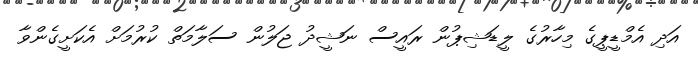
އަދި އެމްޑީޕީގެ މިހާރުގެ ލީޑަޝިޕުން ރައީސް ނަޝީދު ޖަލުން ސަލާމަތް ކުރުމަށް އެކަށީގެންވާ